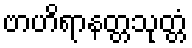
ဗာဟိရာနတ္တသုတ္တံ